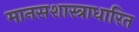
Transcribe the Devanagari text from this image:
मानसशास्त्राधारित